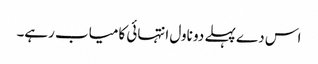
اس دے پہلے دو ناول انتہائی کامیاب رہے۔